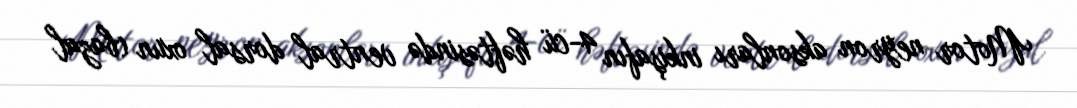
Motor neyron aksonları inkişafın 4-cü həftəsində ventral dorsal oxun (bazal